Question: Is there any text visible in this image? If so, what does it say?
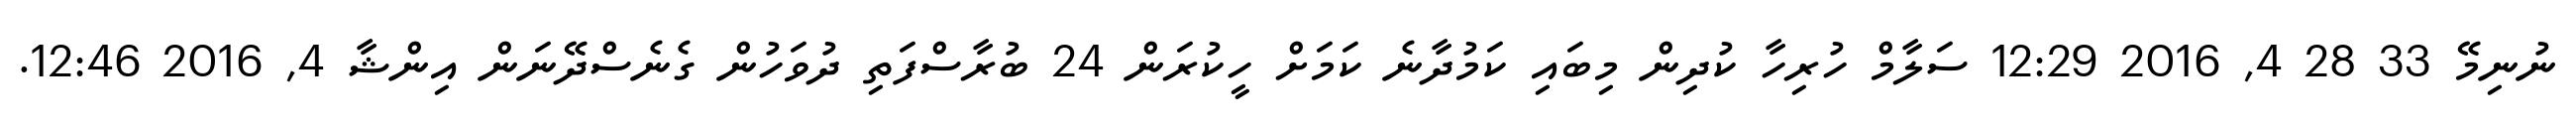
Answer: ނުނިމޭ 33 28 4, 2016 12:29 ސަލާމް ހުރިހާ ކުދިން މިބައި ކަމުދާނެ ކަމަށް ހީކުރަން 24 ބުރާސްފަތި ދުވަހުން ގެނެސްދޭނަން އިންޝާ 4, 2016 12:46.